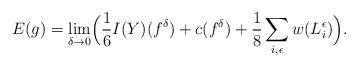
LaTeX: \begin{align*} E(g)=\lim_{\delta\to 0}\Bigl(\frac{1}{6}I(Y)(f^{\delta})+c(f^{\delta})+\frac{1}{8}\sum_{i,\epsilon}w(L_i^{\epsilon})\Bigr).\end{align*}